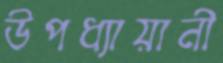
উপধ্যায়ানী